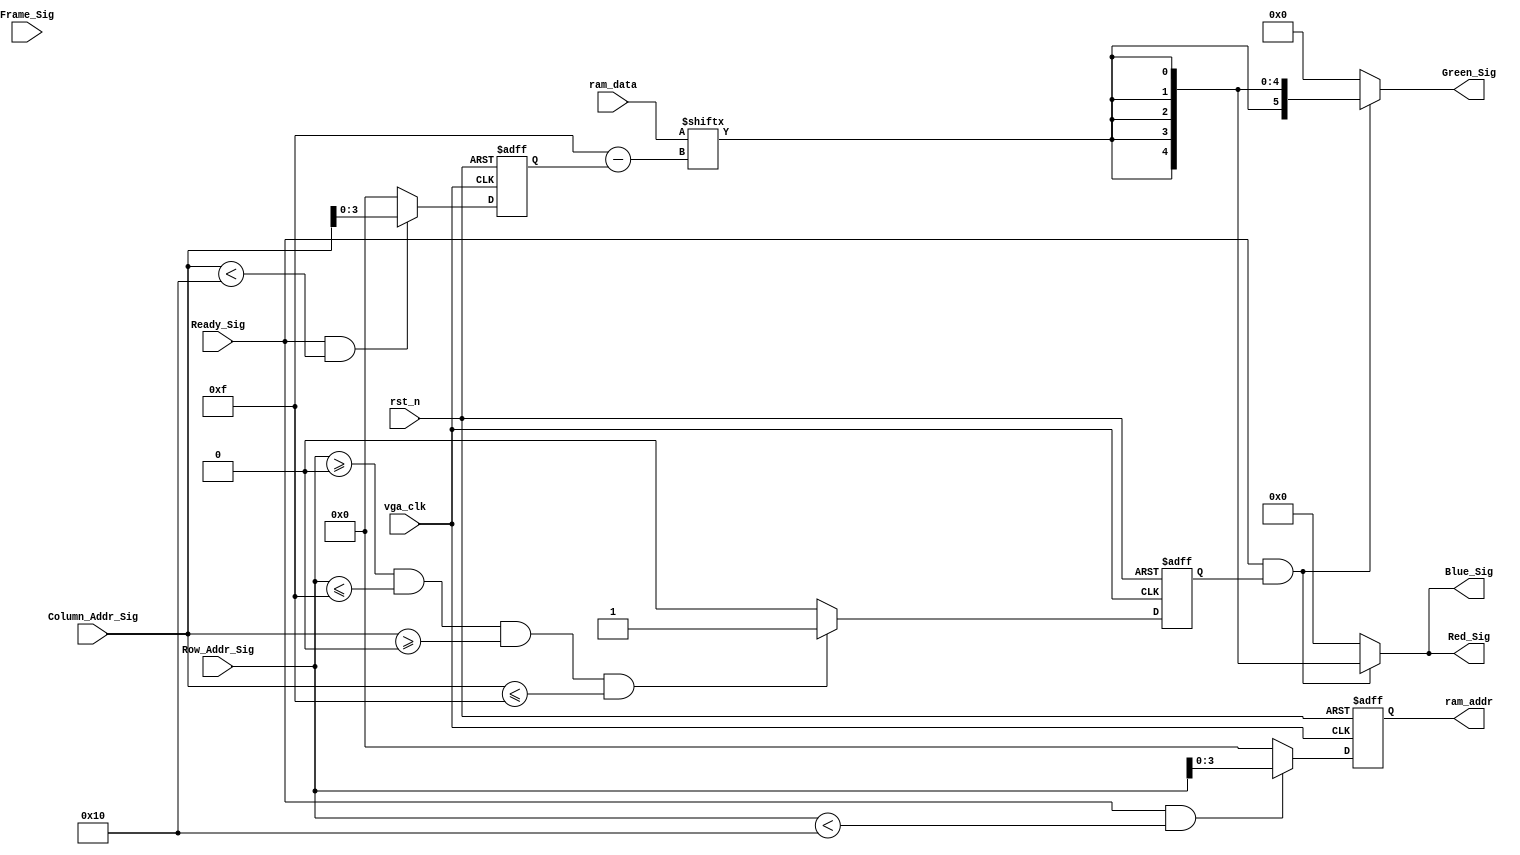


module vga_control_module
(
    vga_clk,
    rst_n,
    Ready_Sig,
    Column_Addr_Sig,
    Row_Addr_Sig,
    Frame_Sig,
    Red_Sig,
    Green_Sig,
    Blue_Sig,
    ram_addr,
    ram_data
);
    
    input vga_clk;
    input rst_n;
    
    input Ready_Sig;
    input Frame_Sig;
    input [11:0] Column_Addr_Sig;   //
    input [11:0] Row_Addr_Sig;      //
    
    output [4:0] Red_Sig;
    output [5:0] Green_Sig;
    output [4:0] Blue_Sig;
    
    output [3:0] ram_addr;
    input [15:0] ram_data;
    
    /*********************************/
    
    reg [3:0] y;
    
    always @(posedge vga_clk or negedge rst_n) begin
        if(!rst_n) begin
            y <= 4'd0;
        end
        else if(Ready_Sig && Row_Addr_Sig < 16)
            y <= Row_Addr_Sig[3:0];
        else
            y <= 4'd0;
    end
    
    
    reg [3:0] x;
    
    always @(posedge vga_clk or negedge rst_n) begin
        if(!rst_n) begin
            x <= 4'd0;
        end
        else if(Ready_Sig && Column_Addr_Sig < 16)
            x <= Column_Addr_Sig[3:0];
        else
            x <= 4'd0;
    end
    
    
    //
    reg isImage;
    
    always @(posedge vga_clk or negedge rst_n) begin
        if(!rst_n) begin
            isImage <= 1'd0;
        end
        else if(Row_Addr_Sig >= 0 && Row_Addr_Sig <= 15 && Column_Addr_Sig >= 0 && Column_Addr_Sig <= 15)
            isImage <= 1'd1;
        else
            isImage <= 1'd0;
    end
    
    /*********************************/
    
    assign ram_addr = y;
    
    //RAM,RAM
    assign Red_Sig   = Ready_Sig && isImage ? {5{ram_data[4'd15-x]}} : {5{1'b0}};
    assign Green_Sig = Ready_Sig && isImage ? {6{ram_data[4'd15-x]}} : {6{1'b0}};
    assign Blue_Sig  = Ready_Sig && isImage ? {5{ram_data[4'd15-x]}} : {5{1'b0}};
    
    
endmodule